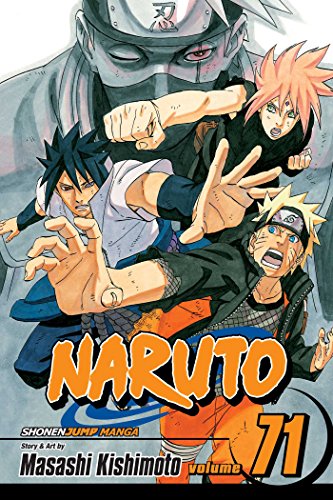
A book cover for Naruto, Vol. 71; Masashi Kishimoto; Comics & Graphic Novels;